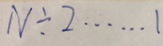
N \div 2 \cdots 1